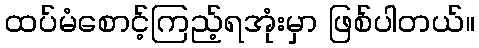
ထပ်မံစောင့်ကြည့်ရအုံးမှာ ဖြစ်ပါတယ်။